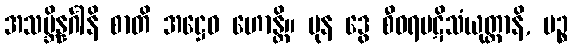
အသမ္ဘိန္နင်္ဂါနိ စာတိ အဋ္ဌေဝ ဟောန္တိ။ ပုန ဒွေ စီဝရပဋိသံယုတ္တာနိ, ပဉ္စ